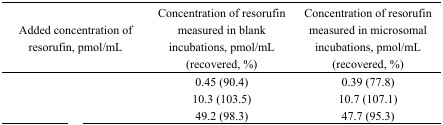
<table><thead><tr><td><b>Added concentration of resorufin, pmol/mL</b></td><td><b>Concentration of resorufin measured in blank incubations, pmol/mL (recovered, %)</b></td><td><b>Concentration of resorufin measured in microsomal incubations, pmol/mL (recovered, %)</b></td></tr></thead><tbody><tr><td>[EMPTY_CELL]</td><td>0.45 (90.4)</td><td>0.39 (77.8)</td></tr><tr><td>[EMPTY_CELL]</td><td>10.3 (103.5)</td><td>10.7 (107.1)</td></tr><tr><td>[EMPTY_CELL]</td><td>49.2 (98.3)</td><td>47.7 (95.3)</td></tr></tbody></table>